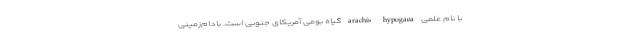
با نام علمی arachis hypogaea گیاه بومی آمریکای جنوبی است. بادام‌زمینی